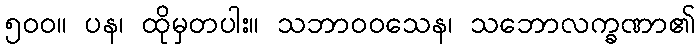
၅၀၀။ ပန၊ ထိုမှတပါး။ သဘာဝဝသေန၊ သဘောလက္ခဏာ၏